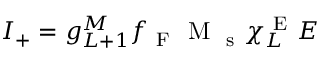
{ \cal I } _ { + } = g _ { L + 1 } ^ { M } f _ { \mathrm { ~ F ~ } } \mathrm { ~ M ~ } _ { \mathrm { ~ s ~ } } \chi _ { L } ^ { \mathrm { ~ E ~ } } { \cal E }